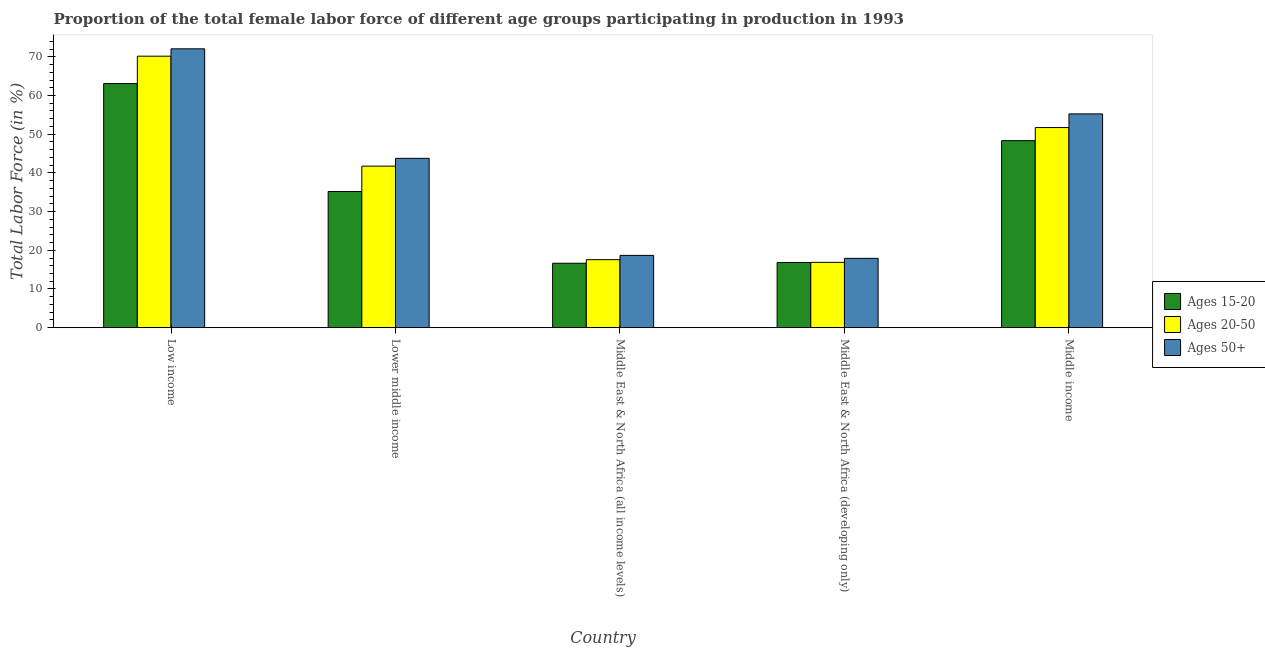
| Country | Ages 15-20 | Ages 20-50 | Ages 50+ |
 | --- | --- | --- | --- |
 | Low income | 63.1 | 70.2 | 72.1 |
 | Lower middle income | 35.2 | 41.7 | 43.8 |
 | Middle East & North Africa (all income levels) | 16.6 | 17.6 | 18.7 |
 | Middle East & North Africa (developing only) | 16.8 | 16.9 | 17.9 |
 | Middle income | 48.3 | 51.7 | 55.2 |